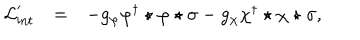
\begin{array} { r c l } { { { \cal L } _ { \mathrm { i n t } } ^ { \prime } } } & { { = } } & { { - g _ { \varphi } \varphi ^ { \dagger } \star \varphi \star \sigma - g _ { \chi } \chi ^ { \dagger } \star \chi \star \sigma , } } \\ \end{array}